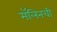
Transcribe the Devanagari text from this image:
मॅलिनची